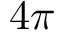
4 \pi